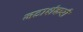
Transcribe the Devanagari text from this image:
जटाशंकरी